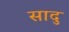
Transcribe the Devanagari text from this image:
सादु